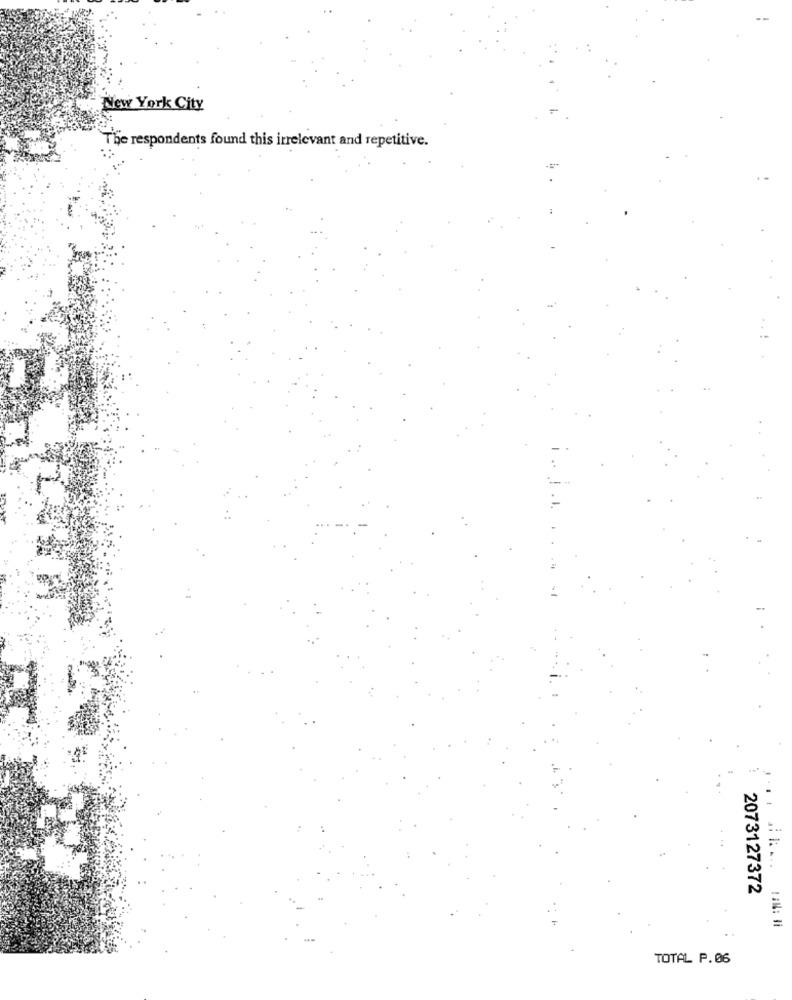
New York City
The respondents found this irrelevant and repetitive.
=
2073127372
TOTAL P.06